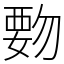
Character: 覅